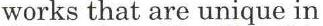
works that are unique in